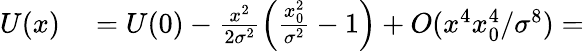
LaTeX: \begin{array}{rl}{U(x)}&{{}=U(0)-\frac{x^{2}}{2\sigma^{2}}\left(\frac{x_{0}^{2}}{\sigma^{2}}-1\right)+O(x^{4}x_{0}^{4}/\sigma^{8})=}\end{array}